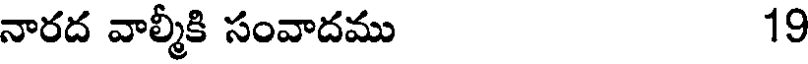
నారద వాల్మీకి సంవాదము 19